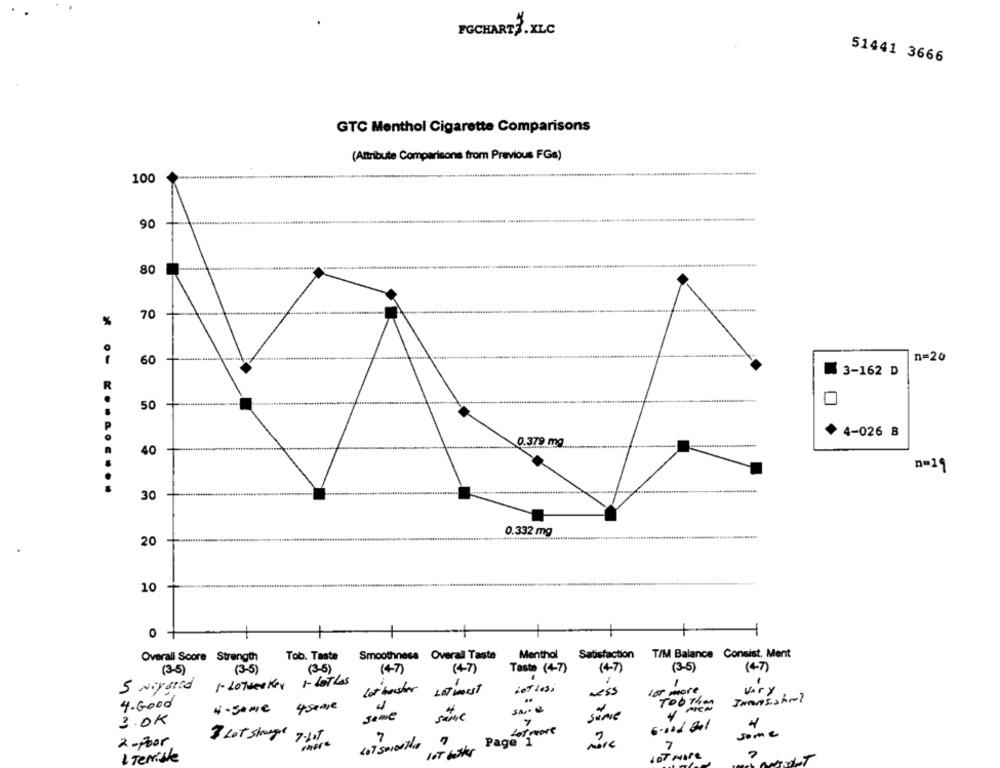
FGCHART3 . XLC
51441 3666
GTC Menthol Cigarette Comparisons
(Attribute Comparisons from Previous FGs)
100
90
80
%
70
n=20
60
3-162 D
50
4-026 B
0.379 mg
40
n=19
30
0.332 mg
20
10
O
Menthol
Satisfaction
T/M Balance Consist. Ment
Overall Score Strength
Tob. Taste
Smoothness Overall Taste
(3-5)
(3-5)
(47)
(47)
Taste (4-7)
(47)
(3-5)
(4-7)
(3-5)
1. LOTHeskey 1- LoThes
1
5 Nigoed
lot harsher
LOT WORST
NESS
Lør more
Vary
Jamesshrel
4.Good
4seare
Too Then
4-5.we
3.OK
same
same
SOME
Lot more
6.00d Bal
3 LOT shunger
7-105
7
Some
2-poor
407 servethe
Page 1
MIL
7
1 Terrible
LOT More